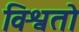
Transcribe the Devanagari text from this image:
विश्वतो